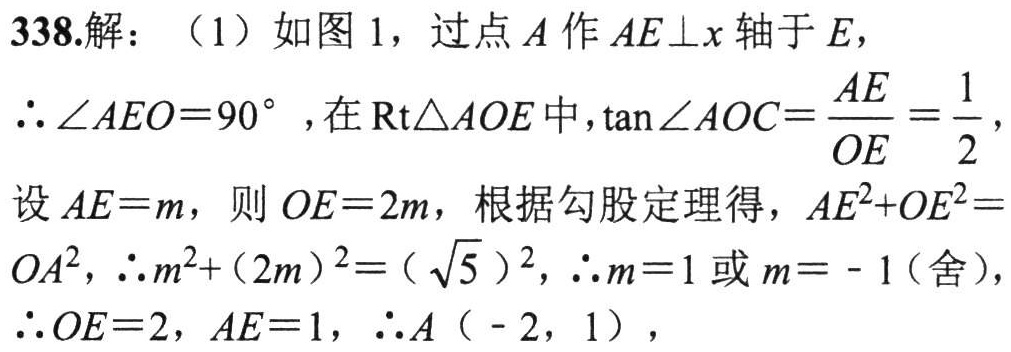
338.解：（1）如图1，过点\(A\)作\(AE\perp x\)轴于\(E\)，

\(\therefore\angle AEO = 90^{\circ}\)，在\(Rt\triangle AOE\)中，\(\tan\angle AOC=\dfrac{AE}{OE}=\dfrac{1}{2}\)，

设\(AE = m\)，则\(OE = 2m\)，根据勾股定理得，\(AE^{2}+OE^{2}=OA^{2}\)，\(\therefore m^{2}+(2m)^{2}=(\sqrt{5})^{2}\)，\(\therefore m = 1\)或\(m = - 1\)（舍），

\(\therefore OE = 2\)，\(AE = 1\)，\(\therefore A(-2,1)\)，